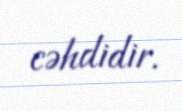
cəhdidir.